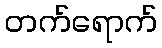
တက်ရောက်